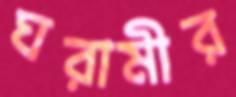
ঘরামীর